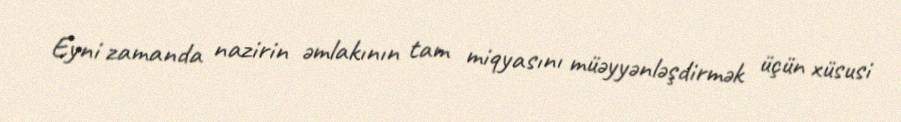
Eyni zamanda nazirin əmlakının tam miqyasını müəyyənləşdirmək üçün xüsusi